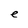
Character: e